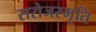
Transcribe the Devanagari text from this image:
सरोजस्मृति